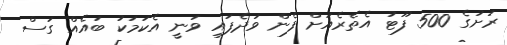
ރަށުގެ 500 ފޫޓު އެތެރެއަށް ފެން ވަދެފައި ވަނީ އެކަމަކު ބައެއް ގަސް